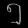
Digit: ၅